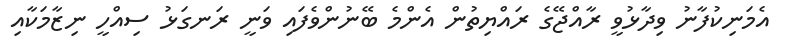
އެމަނިކުފާނު ވިދާޅުވީ ރާއްޖޭގެ ރައްޔިތުން އެންމެ ބޭނުންވެފައި ވަނީ ރަނގަޅު ސިއްހީ ނިޒާމަކާއި